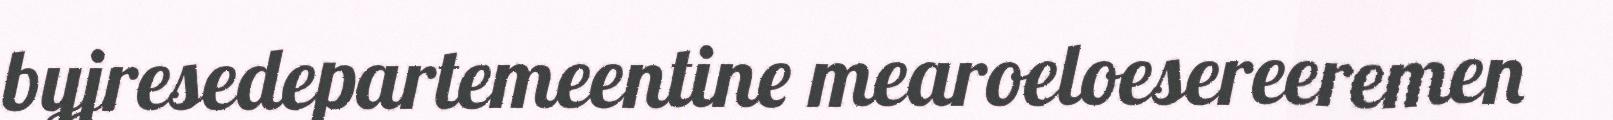
byjresedepartemeentine mearoeloesereeremen